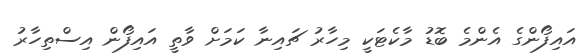
އައިފޯންގެ އެންމެ ބޮޑު މާކެޓަކީ މިހާރު ޗައިނާ ކަމަށް ވާތީ އައިފޯން އިސްތިހާރު